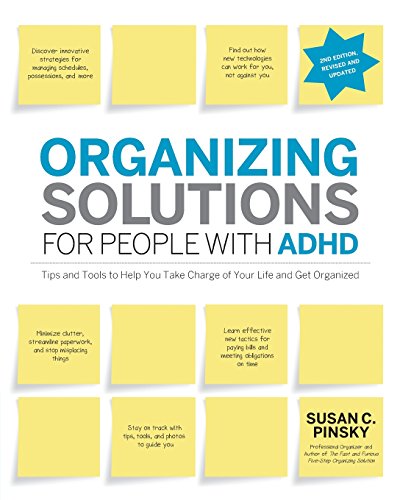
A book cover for Organizing Solutions for People with ADHD, 2nd Edition-Revised and Updated: Tips and Tools to Help You Take Charge of Your Life and Get Organized; Susan C Pinsky; Parenting & Relationships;